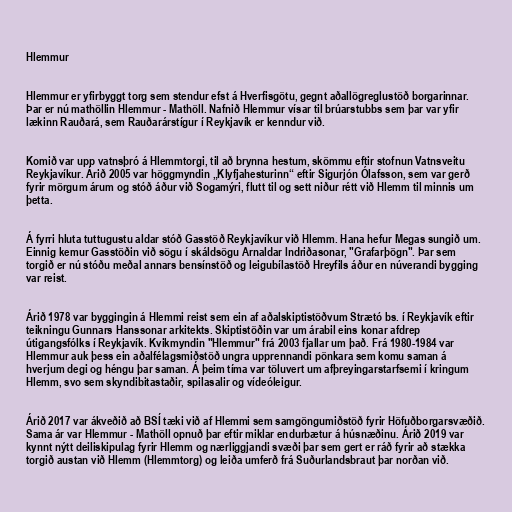
Hlemmur

Hlemmur er yfirbyggt torg sem stendur efst á Hverfisgötu, gegnt aðallögreglustöð borgarinnar.
Þar er nú mathöllin Hlemmur - Mathöll. Nafnið Hlemmur vísar til brúarstubbs sem þar var yfir
lækinn Rauðará, sem Rauðarárstígur í Reykjavík er kenndur við.

Komið var upp vatnsþró á Hlemmtorgi, til að brynna hestum, skömmu eftir stofnun Vatnsveitu
Reykjavíkur. Árið 2005 var höggmyndin „Klyfjahesturinn“ eftir Sigurjón Ólafsson, sem var gerð
fyrir mörgum árum og stóð áður við Sogamýri, flutt til og sett niður rétt við Hlemm til minnis um
þetta.

Á fyrri hluta tuttugustu aldar stóð Gasstöð Reykjavíkur við Hlemm. Hana hefur Megas sungið um.
Einnig kemur Gasstöðin við sögu í skáldsögu Arnaldar Indriðasonar, "Grafarþögn". Þar sem
torgið er nú stóðu meðal annars bensínstöð og leigubílastöð Hreyfils áður en núverandi bygging
var reist.

Árið 1978 var byggingin á Hlemmi reist sem ein af aðalskiptistöðvum Strætó bs. í Reykjavík eftir
teikningu Gunnars Hanssonar arkitekts. Skiptistöðin var um árabil eins konar afdrep
útigangsfólks í Reykjavík. Kvikmyndin "Hlemmur" frá 2003 fjallar um það. Frá 1980-1984 var
Hlemmur auk þess ein aðalfélagsmiðstöð ungra upprennandi pönkara sem komu saman á
hverjum degi og héngu þar saman. Á þeim tíma var töluvert um afþreyingarstarfsemi í kringum
Hlemm, svo sem skyndibitastaðir, spilasalir og vídeóleigur.

Árið 2017 var ákveðið að BSÍ tæki við af Hlemmi sem samgöngumiðstöð fyrir Höfuðborgarsvæðið.
Sama ár var Hlemmur - Mathöll opnuð þar eftir miklar endurbætur á húsnæðinu. Árið 2019 var
kynnt nýtt deiliskipulag fyrir Hlemm og nærliggjandi svæði þar sem gert er ráð fyrir að stækka
torgið austan við Hlemm (Hlemmtorg) og leiða umferð frá Suðurlandsbraut þar norðan við.